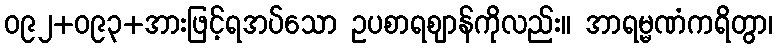
ဝ၉၂+ဝ၉၃+အားဖြင့်ရအပ်သော ဥပစာရဈာန်ကိုလည်း။ အာရမ္မဏံကရိတွာ၊